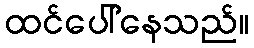
ထင်ပေါ်နေသည်။